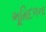
ભૂમિદળના